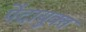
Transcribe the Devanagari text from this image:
पेंदायुक्त